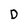
Character: D